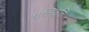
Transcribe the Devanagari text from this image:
यतिवृत्ति